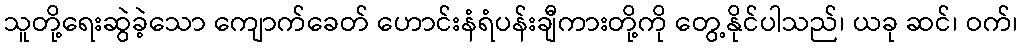
သူတို့ရေးဆွဲခဲ့သော ကျောက်ခေတ် ဟောင်းနံရံပန်းချီကားတို့ကို တွေ့နိုင်ပါသည်၊ ယခု ဆင်၊ ဝက်၊